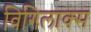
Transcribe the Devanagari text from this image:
विगिलाक्स